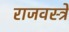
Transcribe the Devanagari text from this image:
राजवस्त्रे